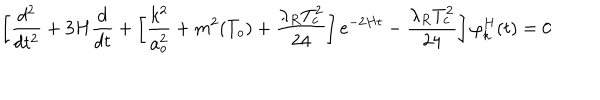
\left[ \frac { d ^ { 2 } } { d t ^ { 2 } } + 3 H \frac { d } { d t } + \left[ \frac { k ^ { 2 } } { a _ { o } ^ { 2 } } + m ^ { 2 } ( T _ { o } ) + \frac { \lambda _ { R } T _ { c } ^ { 2 } } { 2 4 } \right] e ^ { - 2 H t } - \frac { \lambda _ { R } T _ { c } ^ { 2 } } { 2 4 } \right] \varphi _ { k } ^ { H } ( t ) = 0